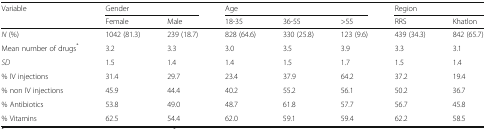
<table><thead><tr><td rowspan="2"><b>Variable</b></td><td colspan="2"><b>Gender</b></td><td colspan="3"><b>Age</b></td><td colspan="2"><b>Region</b></td></tr><tr><td><b>Female</b></td><td><b>Male</b></td><td><b>18-35</b></td><td><b>36-55</b></td><td><b>&gt;55</b></td><td><b>RRS</b></td><td><b>Khatlon</b></td></tr></thead><tbody><tr><td><i>N</i> (%)</td><td>1042 (81.3)</td><td>239 (18.7)</td><td>828 (64.6)</td><td>330 (25.8)</td><td>123 (9.6)</td><td>439 (34.3)</td><td>842 (65.7)</td></tr><tr><td>Mean number of drugs<sup>*</sup></td><td>3.2</td><td>3.3</td><td>3.0</td><td>3.5</td><td>3.9</td><td>3.3</td><td>3.1</td></tr><tr><td><i>SD</i></td><td>1.5</td><td>1.4</td><td>1.4</td><td>1.5</td><td>1.7</td><td>1.5</td><td>1.4</td></tr><tr><td>% IV injections</td><td>31.4</td><td>29.7</td><td>23.4</td><td>37.9</td><td>64.2</td><td>37.2</td><td>19.4</td></tr><tr><td>% non IV injections</td><td>45.9</td><td>44.4</td><td>40.2</td><td>55.2</td><td>56.1</td><td>50.2</td><td>36.7</td></tr><tr><td>% Antibiotics</td><td>53.8</td><td>49.0</td><td>48.7</td><td>61.8</td><td>57.7</td><td>56.7</td><td>45.8</td></tr><tr><td>% Vitamins</td><td>62.5</td><td>54.4</td><td>62.0</td><td>59.1</td><td>59.4</td><td>62.2</td><td>58.5</td></tr></tbody></table>